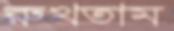
রুখতাম